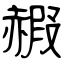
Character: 赮